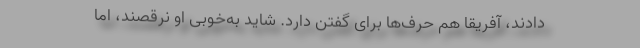
دادند، آفریقا هم حرف‌ها برای گفتن دارد. شاید به‌خوبی او نرقصند، اما